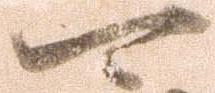
可